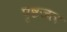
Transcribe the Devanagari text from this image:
पृष्ठजल